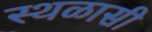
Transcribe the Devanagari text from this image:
स्थळासी